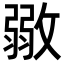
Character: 𢾼